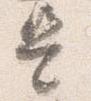
是